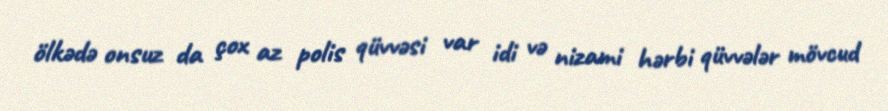
ölkədə onsuz da çox az polis qüvvəsi var idi və nizami hərbi qüvvələr mövcud